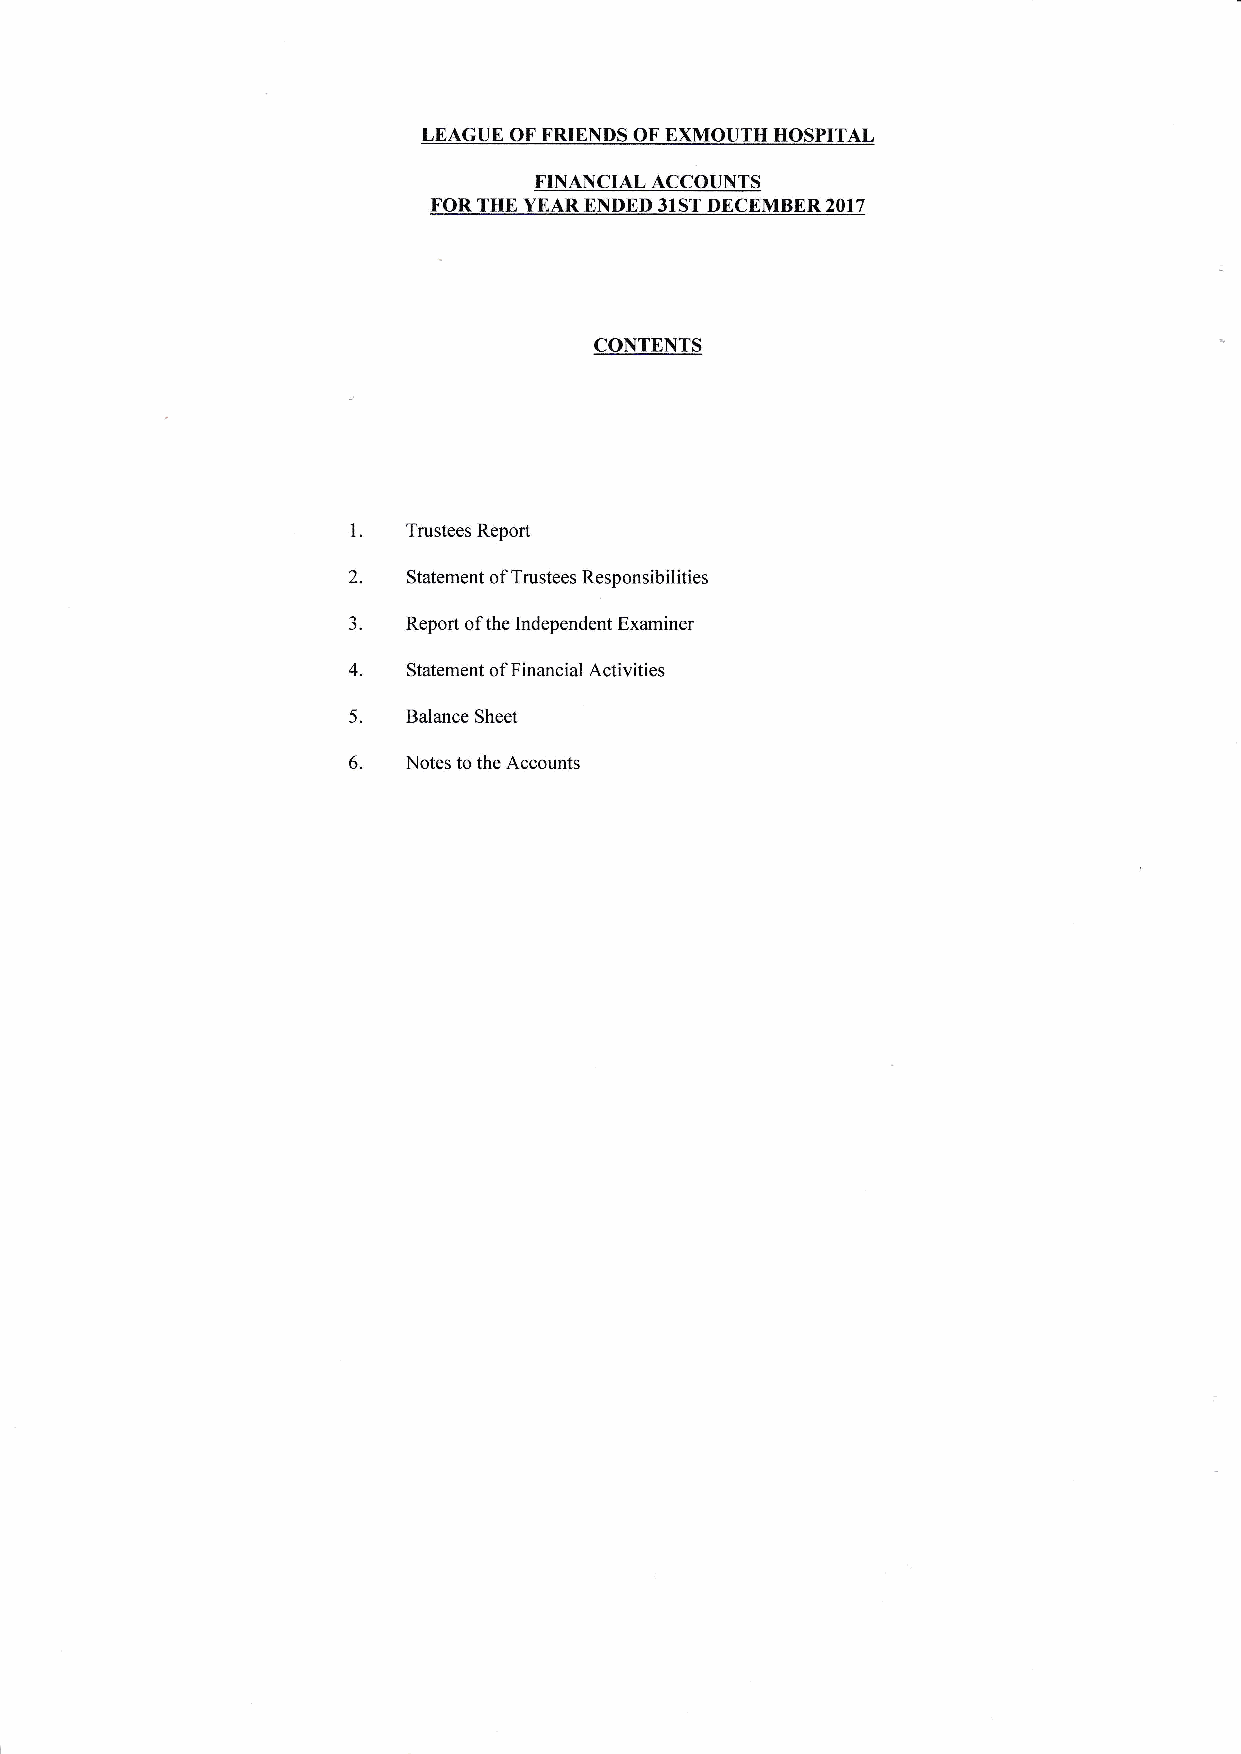
LEAGUE OF FRIENDS OF EXMOUTH HOSPITAL
 FINANCIAL ACCOUNTS
 FOR THE YEAR ENDED 31ST DECEMBER 2017
 CONTENTS
 l
 Trustees Report
 2.
 Statement of Trustees Responsibilities
 3.
 Report of the Independent Examiner
 4.
 Statement of Financial Activities
 5.
 Balance Sheet
 6.
 Notes to the Accounts